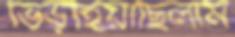
ভিড়াইয়াছিলাম